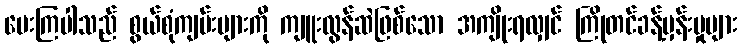
ပေးကြပါသည် စွယ်စုံကျမ်းများကို ကျူးလွန်ဆဲဖြစ်သော အကျိုးရလျှင် ကြိုတင်ခန့်မှန်းမှုများ